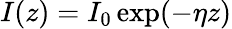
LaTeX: I(z)=I_{0}\exp(-\eta z)